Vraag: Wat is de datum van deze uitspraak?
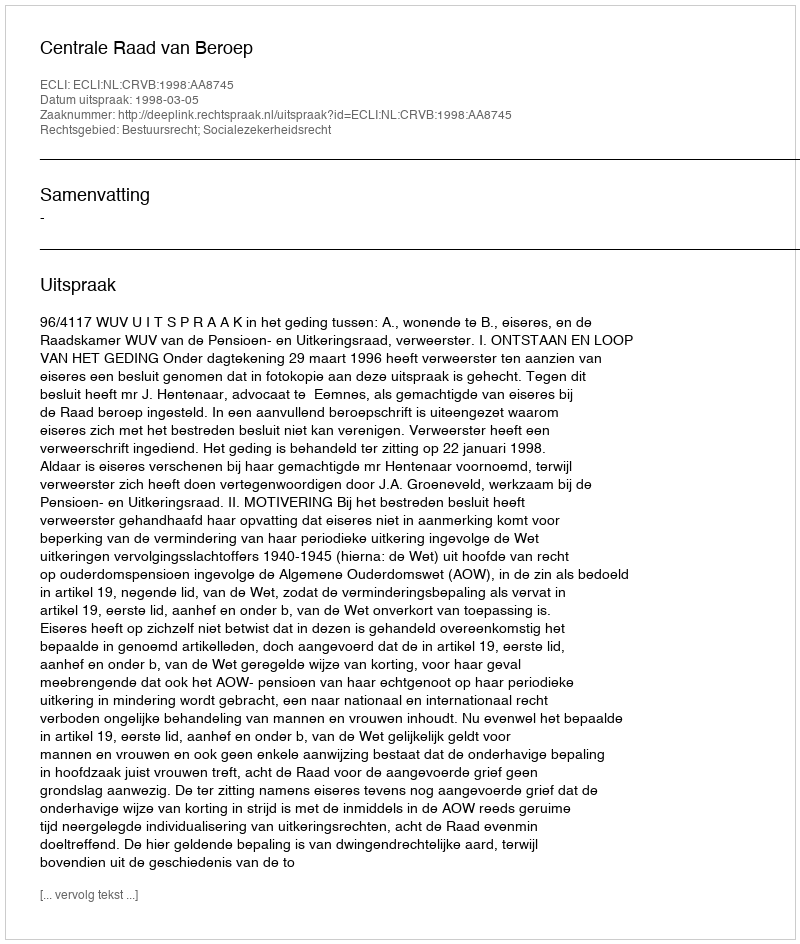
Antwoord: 1998-03-05